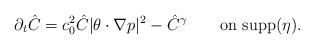
LaTeX: \begin{align*} \partial_t \hat{C} = c_0^2 \hat{C} |\theta\cdot \nabla p|^2 -\hat{C}^\gamma\qquad\mbox{on supp}(\eta).\end{align*}